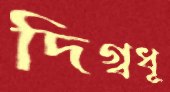
দিগ্বধূ